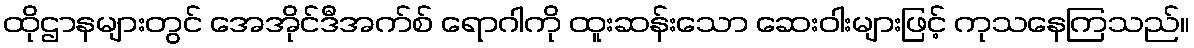
ထိုဌာနများတွင် အေအိုင်ဒီအက်စ် ရောဂါကို ထူးဆန်းသော ဆေးဝါးများဖြင့် ကုသနေကြသည်။